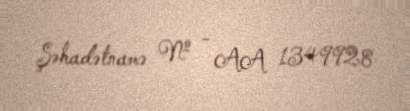
Şəhadətnamə № - AA 1349928